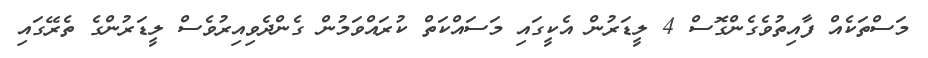
މަސްތަކެއް ފާއިތުވެގެންގޮސް 4 ލީޑަރުން އެކީގައި މަސައްކަތް ކުރައްވަމުން ގެންދެވިއިރުވެސް ލީޑަރުންގެ ތެރޭގައި